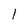
Character: 1